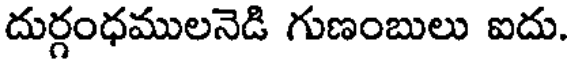
దుర్గంధములనెడి గుణంబులు ఐదు.